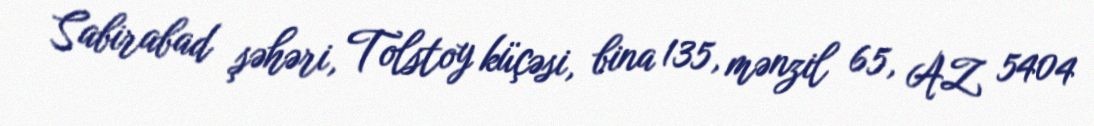
Sabirabad şəhəri, Tolstoy küçəsi, bina 135, mənzil 65, AZ 5404